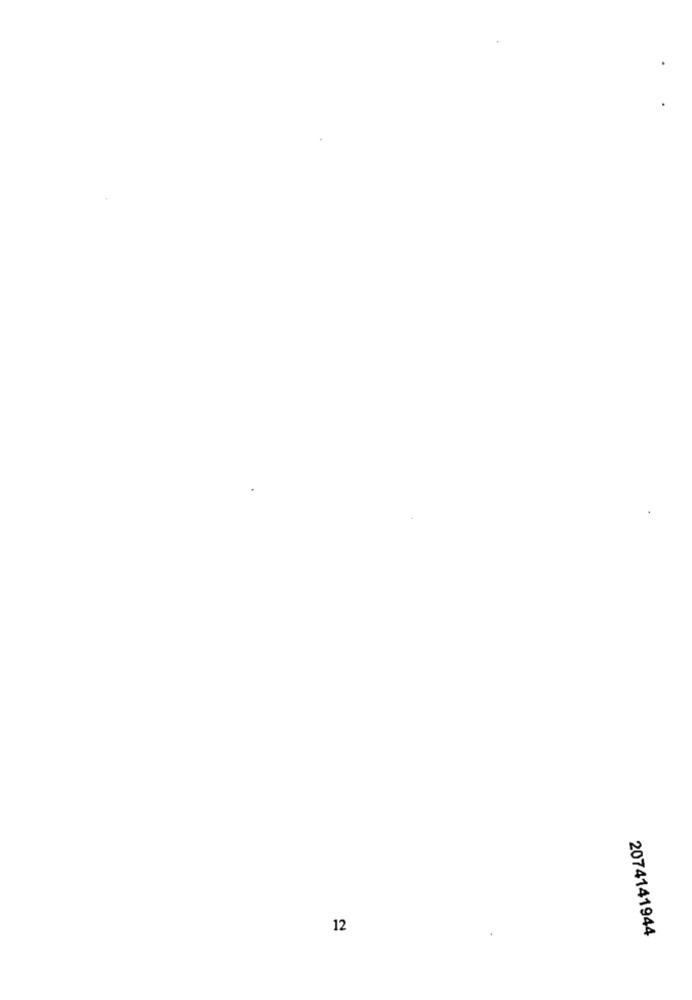
12
2074141944